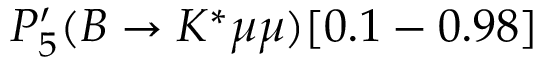
P _ { 5 } ^ { \prime } ( B \to K ^ { * } \mu \mu ) [ 0 . 1 - 0 . 9 8 ]